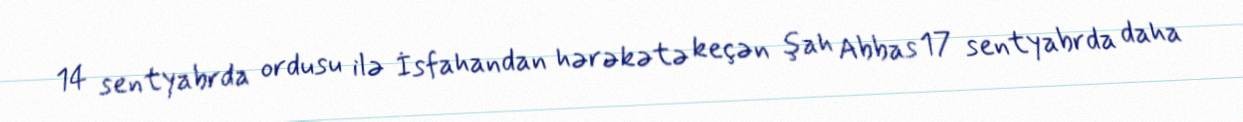
14 sentyabrda ordusu ilə İsfahandan hərəkətə keçən şah Abbas 17 sentyabrda daha